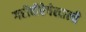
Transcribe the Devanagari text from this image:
गरीबीरेषेखाली